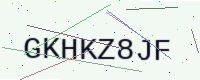
Text: GKHKZ8JF